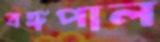
বঙ্গপাল